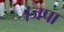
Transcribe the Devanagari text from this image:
।जपा